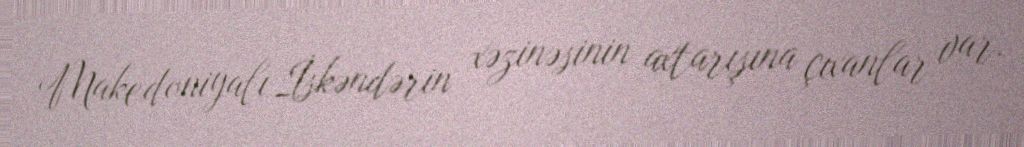
Makedoniyalı İskəndərin xəzinəsinin axtarışına çıxanlar var.